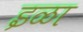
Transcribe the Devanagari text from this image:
इळा